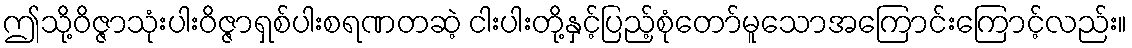
ဤသို့ဝိဇ္ဇာသုံးပါးဝိဇ္ဇာရှစ်ပါးစရဏတဆဲ့ ငါးပါးတို့နှင့်ပြည့်စုံတော်မူသောအကြောင်းကြောင့်လည်း။